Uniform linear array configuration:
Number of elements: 32
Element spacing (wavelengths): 1
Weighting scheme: uniform
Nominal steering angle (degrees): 15
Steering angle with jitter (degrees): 13.911
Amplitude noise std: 0.05
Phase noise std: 0.05

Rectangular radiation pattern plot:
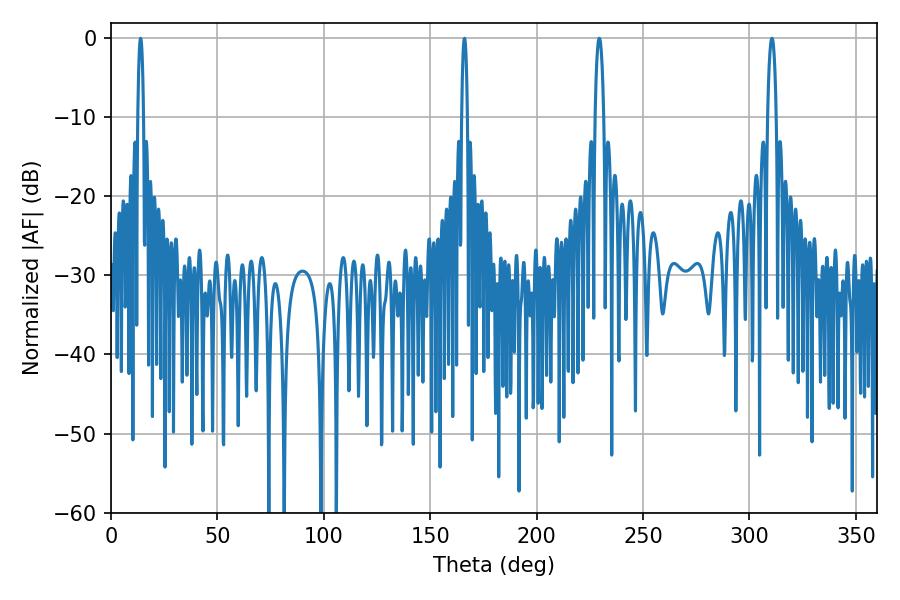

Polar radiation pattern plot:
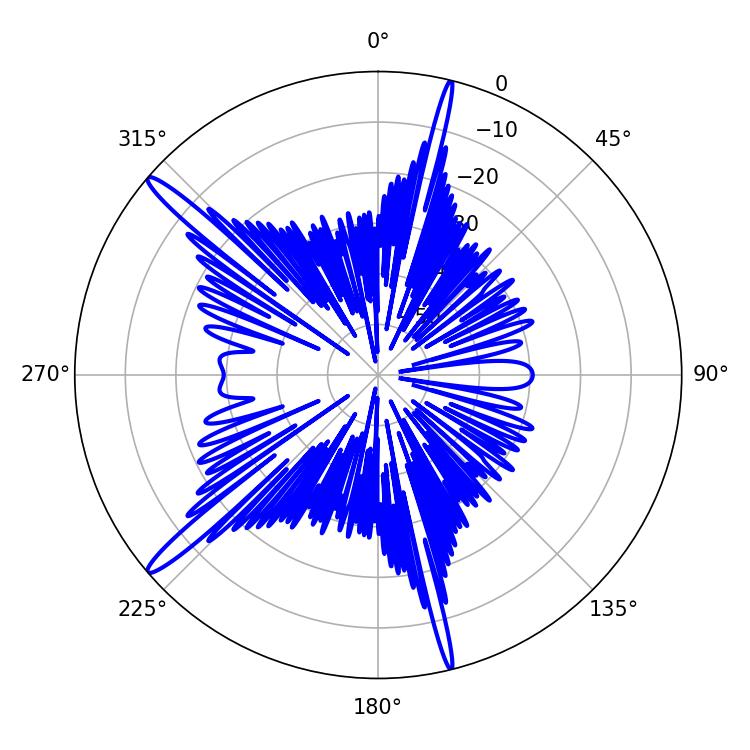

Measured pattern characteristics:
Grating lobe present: TRUE
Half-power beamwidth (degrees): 2.34
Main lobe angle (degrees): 310.5